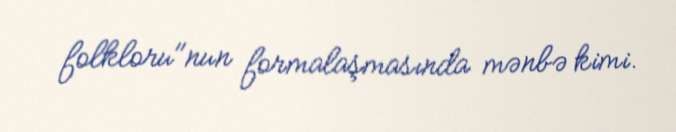
folkloru"nun formalaşmasında mənbə kimi.